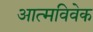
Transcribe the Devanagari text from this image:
आत्मविवेक